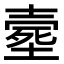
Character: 𡔸